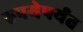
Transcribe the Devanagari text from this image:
रुपयेपर्यंत